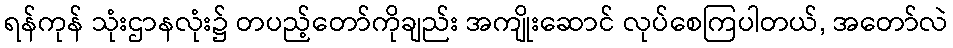
ရန်ကုန် သုံးဌာနလုံး၌ တပည့်တော်ကိုချည်း အကျိုးဆောင် လုပ်စေကြပါတယ်, အတော်လဲ